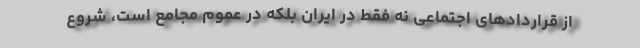
از قراردادهای اجتماعی نه فقط در ایران بلکه در عموم مجامع است، شروع